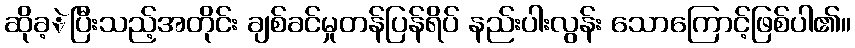
ဆိုခ့ဲပြီးသည့်အတိုင်း ချစ်ခင်မှုတန်ပြန်ရိပ် နည်းပါးလွန်း သောကြောင့်ဖြစ်ပါ၏။